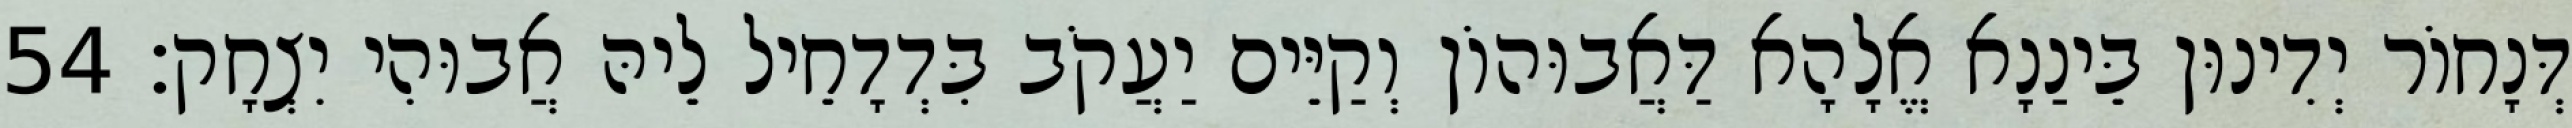
דְּנָחוֹר יְדִינוּן בֵּינַנָא אֱלָהָא דַּאֲבוּהוֹן וְקַיֵּים יַעֲקֹב בִּדְדָחֵיל לֵיהּ אֲבוּהִי יִצְחָק׃ 54